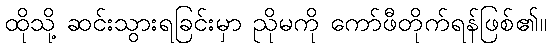
ထိုသို့ ဆင်းသွားရခြင်းမှာ ညိုမကို ကော်ဖီတိုက်ရန်ဖြစ်၏။